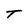
Character: T